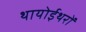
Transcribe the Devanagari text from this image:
थायोईथरों